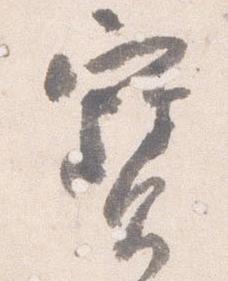
宝